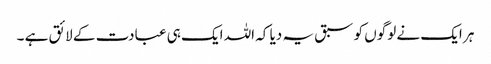
ہر ایک نے لوگوں کو سبق یہ دیا کہ اللہ ایک ہی عبادت کے لائق ہے ۔